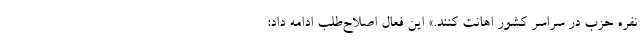
نفره حزب در سراسر کشور اهانت کنند.» این فعال اصلاح‌طلب ادامه داد: